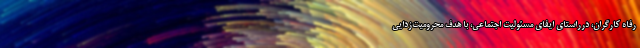
رفاه کارگران، درراستای ایفای مسئولیت اجتماعی، با هدف محرومیت‌زدایی